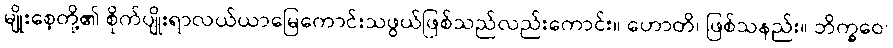
မျိုးစေ့တို့၏ စိုက်ပျိုးရာလယ်ယာမြေကောင်းသဖွယ်ဖြစ်သည်လည်းကောင်း။ ဟောတိ၊ ဖြစ်သနည်း။ ဘိက္ခဝေ၊